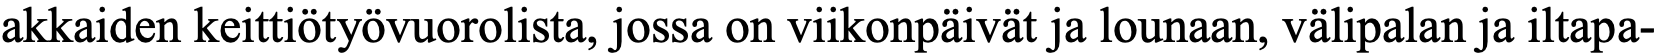
akkaiden keittiötyövuorolista, jossa on viikonpäivät ja lounaan, välipalan ja iltapa-